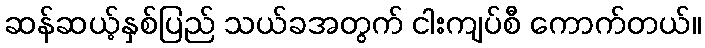
ဆန်ဆယ့်နှစ်ပြည် သယ်ခအတွက် ငါးကျပ်စီ ကောက်တယ်။